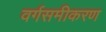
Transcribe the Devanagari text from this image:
वर्गसमीकरण